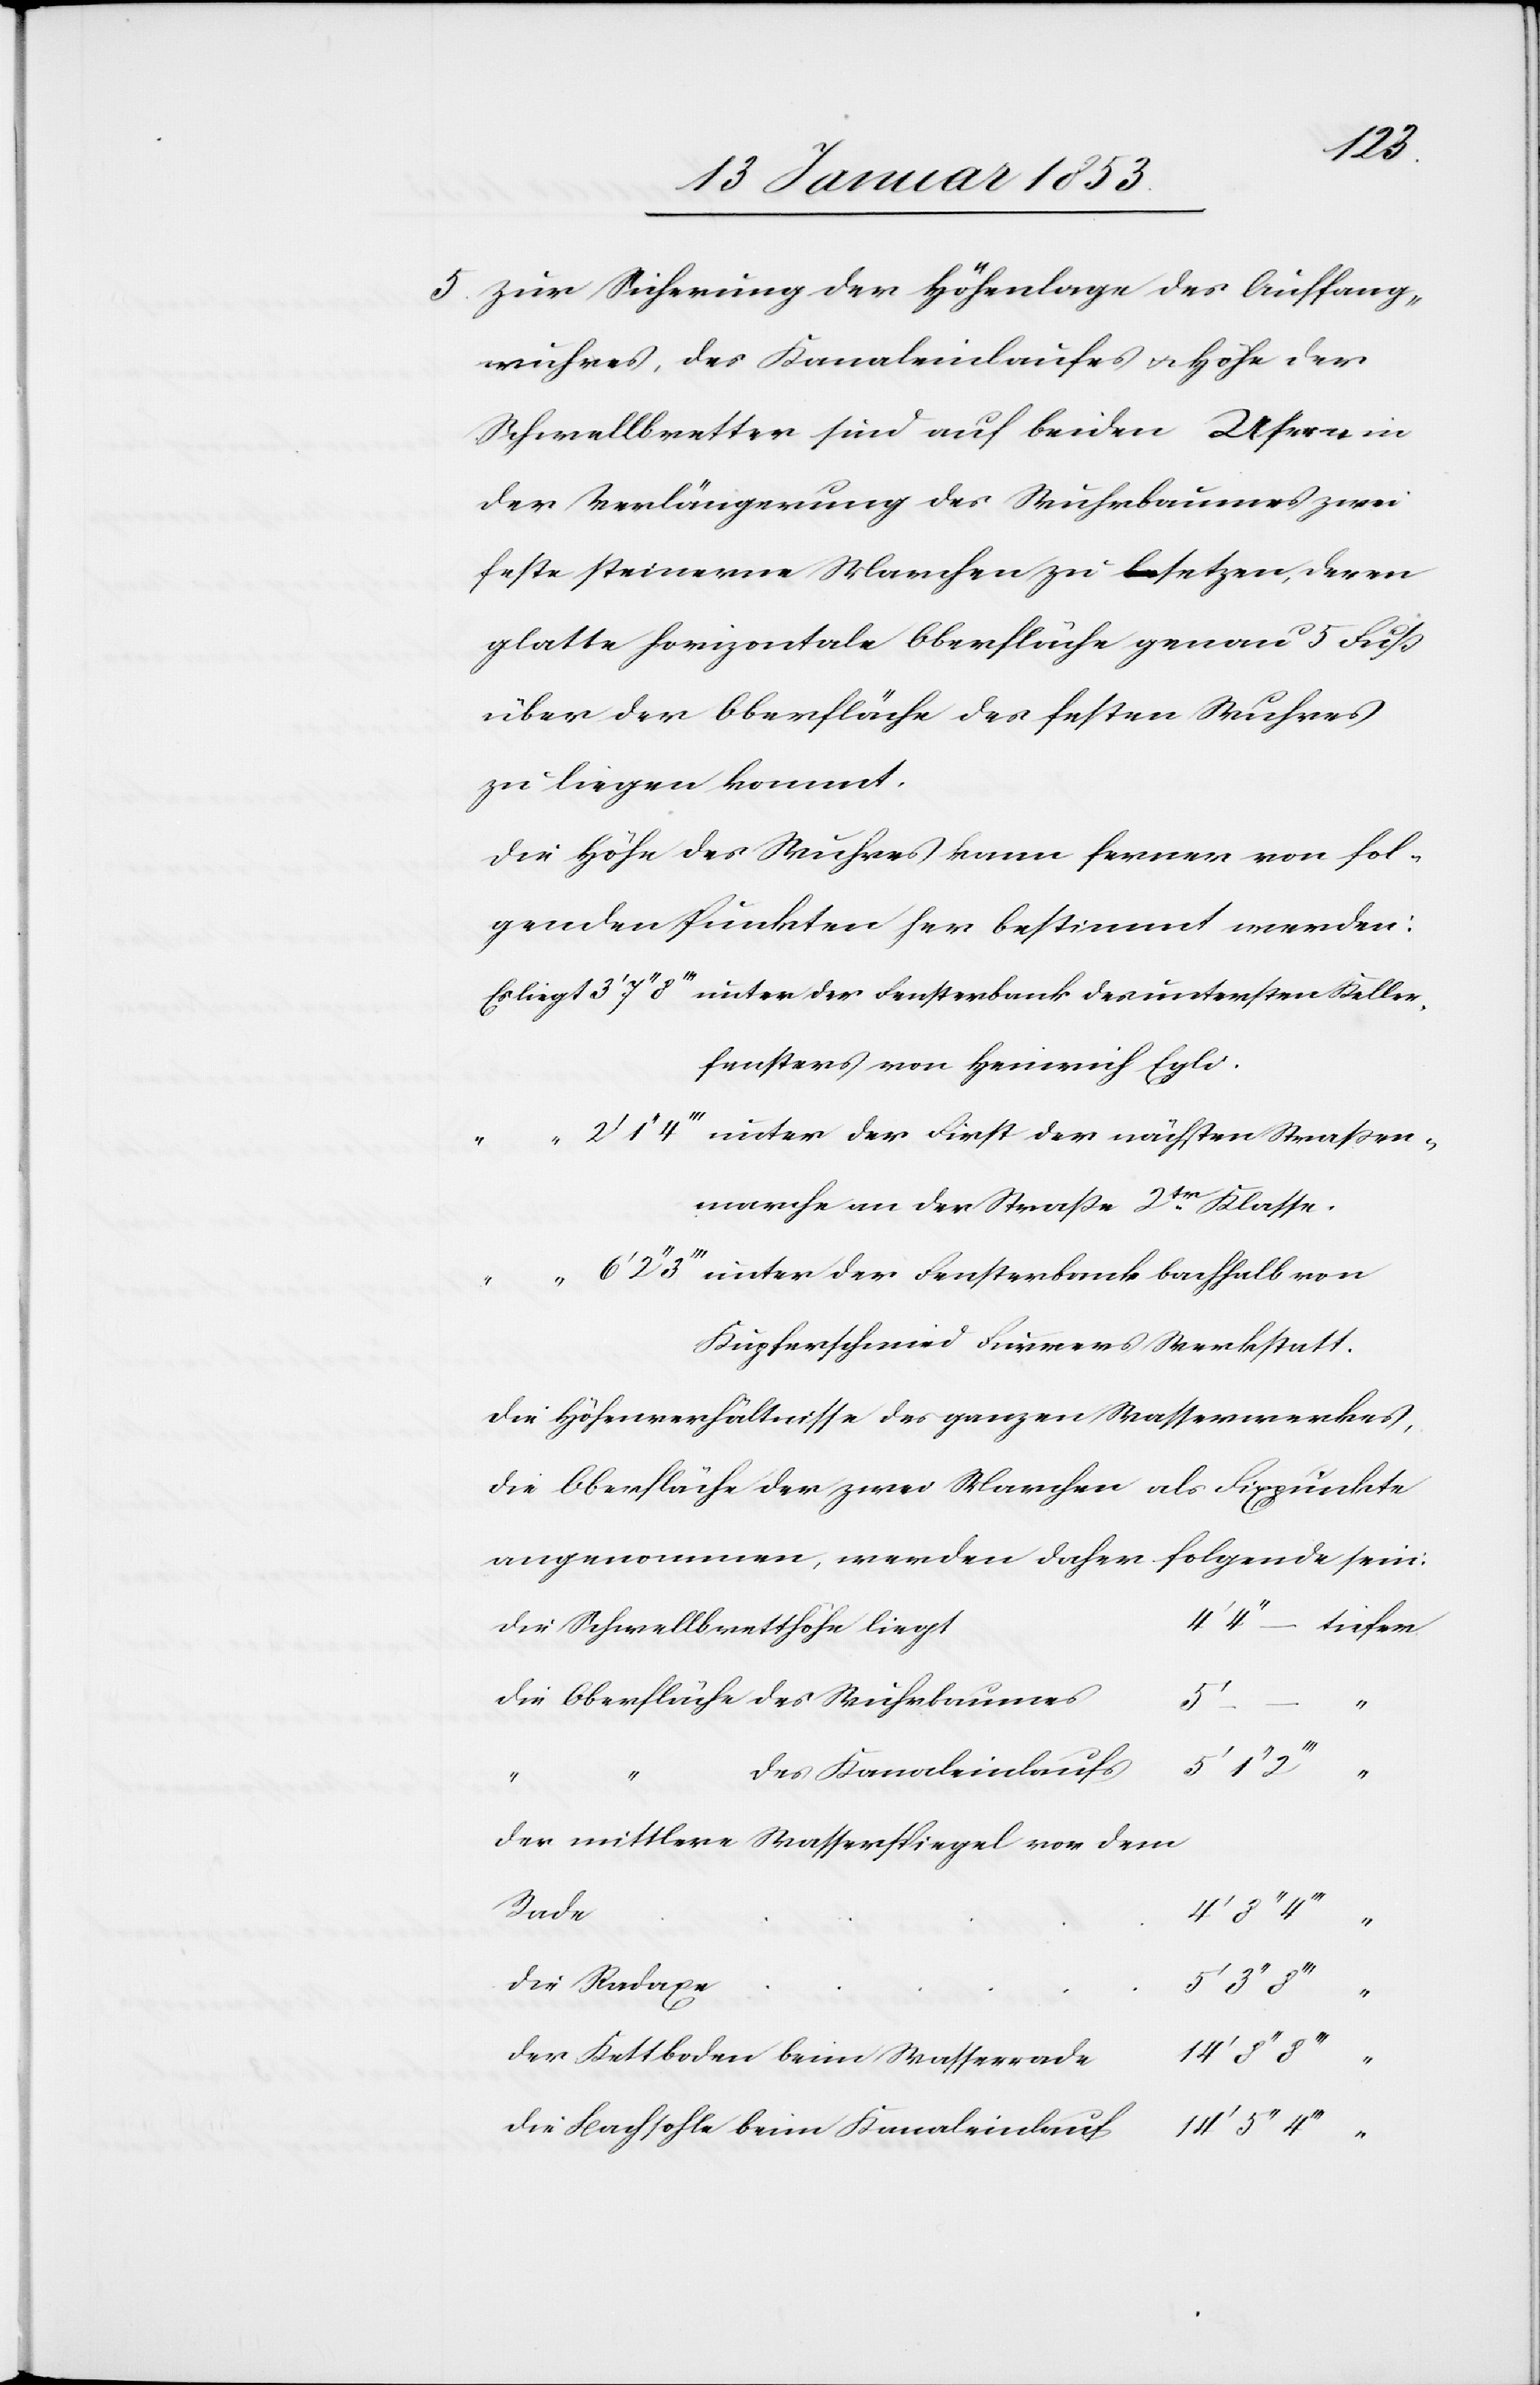
5. Zur Sicherung der Höhenlage des Auffang¬
wuhres, des Kanaleinlaufes u. Höhe der
Schwellbretter sind auf beiden Ufern in
der Verlängerung des Wuhrbaumes zwei
feste steinerne Marchen zu besetzen, deren
glatte horizontale Oberfläche genau 5 Fuß
über der Oberfläche des festen Wuhres
zu liegen kommt.
Die Höhe des Wuhres kann ferner von fol¬
genden Punkten her bestimmt werden:
Es liegt	3’ 7“ 8’’’ unter der Fensterbank des untersten Keller¬
fensters von Heinrich Egli.
1“ 4’’’ unter der First der nächsten Straßen¬
marche an der Straße 2tr. Klasse.
2“ 3’’’ unter der Fensterbank bachhalb von
Kupferschmied Furrers Werkstatt.
Die Höhenverhältnisse des ganzen Wasserwerkes,
die Oberfläche der zwei Marchen als Fixpunkte
angenommen, werden daher folgende sein:
4’’ – 	tiefer
Die Schwellbretthöhe lieg¬
Die Oberfläche des Wuhrbaume¬
f					14’
„
Der mittlere Wasserspiegel von dem
„
Der Kettboden beim Wasserrad¬
Die Bachsohle beim Kanaleinlau¬